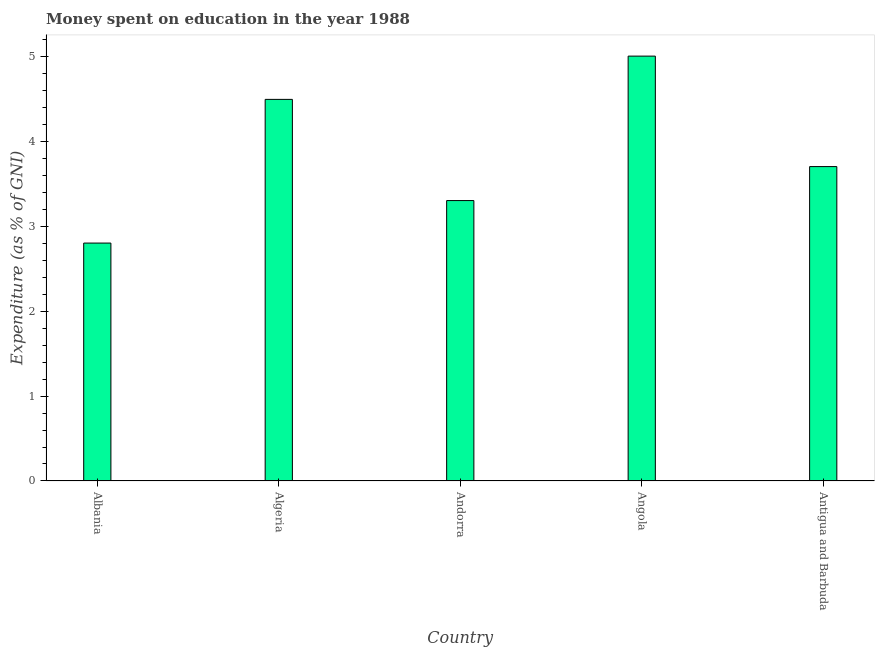
| Country | Education expenditure |
 | --- | --- |
 | Albania | 2.8 |
 | Algeria | 4.49 |
 | Andorra | 3.3 |
 | Angola | 5 |
 | Antigua and Barbuda | 3.7 |